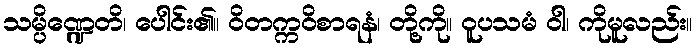
သမ္ပိဏ္ဍေတိ၊ ပေါင်း၏။ ဝိတက္ကဝိစာရနံ၊ တို့ကို။ ဝူပသမံ ဝါ၊ ကိုမူလည်း။